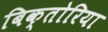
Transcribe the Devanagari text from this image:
बिक्तोरिया